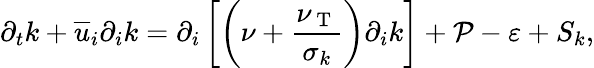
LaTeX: \partial_{t}k+\overline{{u}}_{i}\partial_{i}k=\partial_{i}\left[\left(\nu+\frac{\nu_{\mathrm{~T~}}}{\sigma_{k}}\right)\partial_{i}k\right]+\mathcal{P}-\varepsilon+S_{k},